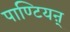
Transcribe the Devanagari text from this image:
पाण्टियऩ्